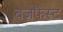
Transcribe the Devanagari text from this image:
बजफैस्ट